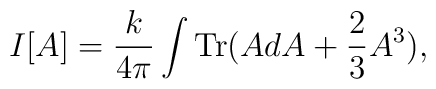
I[A] = \frac{k}{4\pi} \int \mbox{Tr} (A dA + \frac{2}{3} A^3),